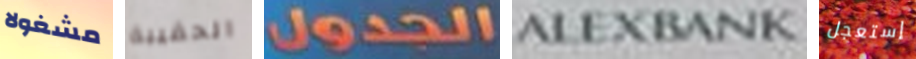
مشغولا الحقيبة الجدول ALEXBANK إستعجل